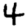
Digit: 4